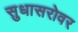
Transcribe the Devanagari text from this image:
सुधासरोवर